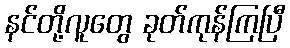
နင်တို့လူတွေ ခုတ်ကုန်ကြပြီ